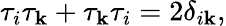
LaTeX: \tau_{i}\tau_{\mathbf{k}}+\tau_{\mathbf{k}}\tau_{i}=2\delta_{i\mathbf{k}},